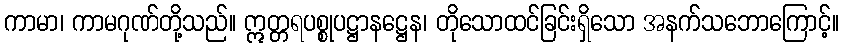
ကာမာ၊ ကာမဂုဏ်တို့သည်။ ဣတ္တရပစ္စုပဋ္ဌာနဋ္ဌေန၊ တိုသောထင်ခြင်းရှိသော အနက်သဘောကြောင့်။